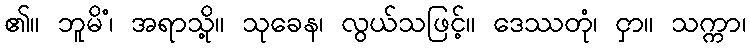
၏။ ဘူမိံ၊ အရာသို့။ သုခေန၊ လွယ်သဖြင့်။ ဒေဿတုံ၊ ငှာ။ သက္ကာ၊